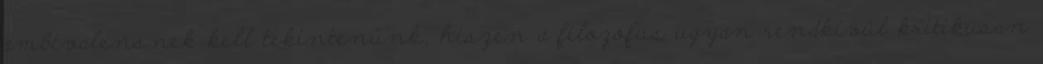
ambivalensnek kell tekintenünk, hiszen a filozófus ugyan rendkívül kritikusan